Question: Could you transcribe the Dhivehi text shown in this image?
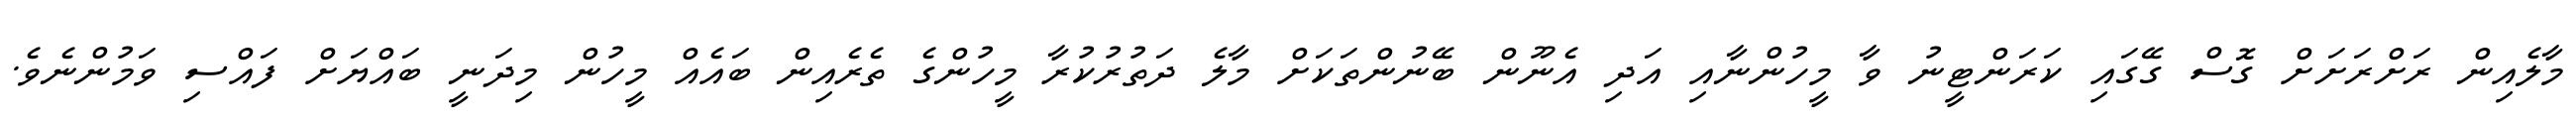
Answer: މާލެއިން ރަށްރަށަށް ގޮސް ގޭގައި ކަރަންޓީނު ވާ މީހުންނާއި އަދި އެނޫން ބޭނުންތަކަށް މާލެ ދަތުރުކުރާ މީހުންގެ ތެރެއިން ބައެއް މީހުން މިދަނީ ބައްޔަށް ފައްސި ވަމުންނެވެ.